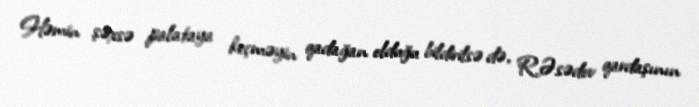
Həmin şəxsə palataya keçməyin qadağan olduğu bildirilsə də, R.Əsədov qardaşının